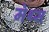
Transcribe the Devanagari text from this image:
मेथ्स